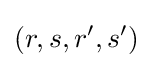
(r,s,r',s')